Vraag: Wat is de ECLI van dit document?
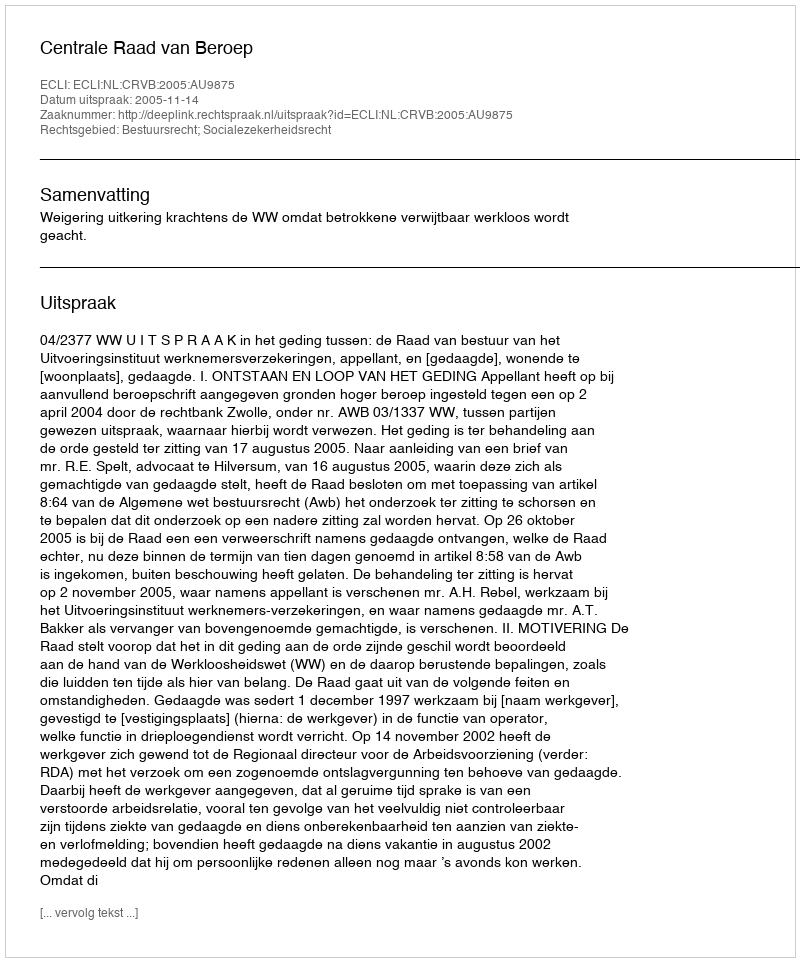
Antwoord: ECLI:NL:CRVB:2005:AU9875